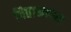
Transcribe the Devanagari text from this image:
पितामहान